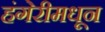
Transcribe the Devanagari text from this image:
हंगेरीमधून